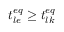
t _ { l e } ^ { e q } \ge t _ { l k } ^ { e q }